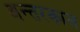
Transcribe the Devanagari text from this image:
अन्तरकाल